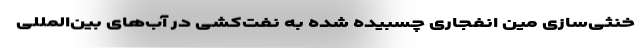
خنثی‌سازی مین انفجاری چسبیده شده به نفت‌کشی در آب‌های بین‌المللیِ